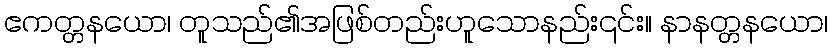
ဧကတ္တနယော၊ တူသည်၏အဖြစ်တည်းဟူသောနည်း၎င်း။ နာနတ္တနယော၊